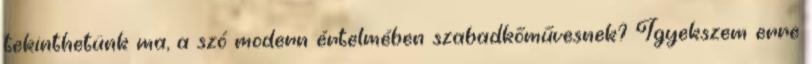
tekinthetünk ma, a szó modern értelmében szabadkőműves­nek? Igyekszem erre